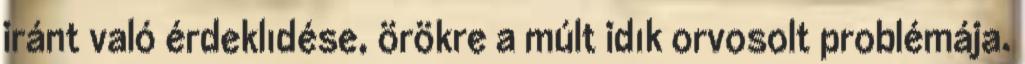
iránt való érdeklıdése, örökre a múlt idık orvosolt problémája.